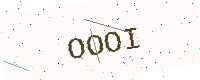
Text: OOOI